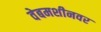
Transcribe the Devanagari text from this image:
वेबमशीनवर